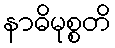
နာဓိမုစ္စတိ